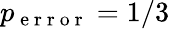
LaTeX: p_{\mathrm{~e~r~r~o~r~}}=1/3